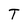
Character: T